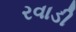
રવાડી